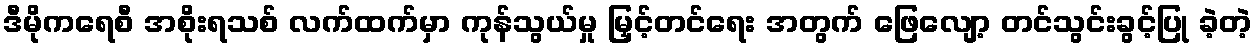
ဒီမိုကရေစီ အစိုးရသစ် လက်ထက်မှာ ကုန်သွယ်မှု မြှင့်တင်ရေး အတွက် ဖြေလျော့ တင်သွင်းခွင့်ပြု ခဲ့တဲ့